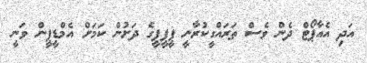
އަދި އެއާޕޯޓް ދެން ވެސް ތަރައްގީކުރާނީ ޕީޕީޕީގެ ދަށުން ކަމަށް އެމްޑީޕީން ވަނީ